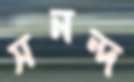
সনন্দ